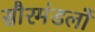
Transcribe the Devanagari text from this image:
सौरमंडलों